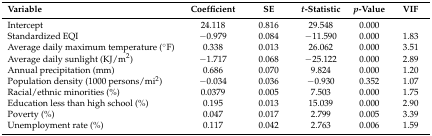
<table><thead><tr><td><b>Variable</b></td><td><b>Coefficient</b></td><td><b>SE</b></td><td><b><i>t</i>-Statistic</b></td><td><b><i>p</i>-Value</b></td><td><b>VIF</b></td></tr></thead><tbody><tr><td>Intercept</td><td>24.118</td><td>0.816</td><td>29.548</td><td>0.000</td><td></td></tr><tr><td>Standardized EQI</td><td>−0.979</td><td>0.084</td><td>−11.590</td><td>0.000</td><td>1.83</td></tr><tr><td>Average daily maximum temperature (°F)</td><td>0.338</td><td>0.013</td><td>26.062</td><td>0.000</td><td>3.51</td></tr><tr><td>Average daily sunlight (KJ/m<sup>2</sup>)</td><td>−1.717</td><td>0.068</td><td>−25.122</td><td>0.000</td><td>2.89</td></tr><tr><td>Annual precipitation (mm)</td><td>0.686</td><td>0.070</td><td>9.824</td><td>0.000</td><td>1.20</td></tr><tr><td>Population density (1000 persons/mi<sup>2</sup>)</td><td>−0.034</td><td>0.036</td><td>−0.930</td><td>0.352</td><td>1.07</td></tr><tr><td>Racial/ethnic minorities (%)</td><td>0.0379</td><td>0.005</td><td>7.503</td><td>0.000</td><td>1.75</td></tr><tr><td>Education less than high school (%)</td><td>0.195</td><td>0.013</td><td>15.039</td><td>0.000</td><td>2.90</td></tr><tr><td>Poverty (%)</td><td>0.047</td><td>0.017</td><td>2.799</td><td>0.005</td><td>3.39</td></tr><tr><td>Unemployment rate (%)</td><td>0.117</td><td>0.042</td><td>2.763</td><td>0.006</td><td>1.59</td></tr></tbody></table>